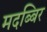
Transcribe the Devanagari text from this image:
मदब्बिर